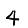
Digit: 4